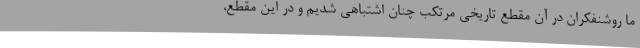
ما روشنفکران در آن مقطع تاریخی مرتکب چنان اشتباهی شدیم و در این مقطع،